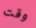
وقت